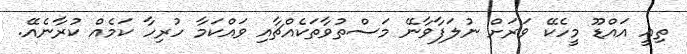
ތިއީ އައްޑޫ މީހެކޭ ވަރަށް ނުލަފާވާނޭ މަސްތުވާތަކެއްޗާއި ވައްކަމާ ހުރިހާ ކަމެއް ކުރާނެއޭ.